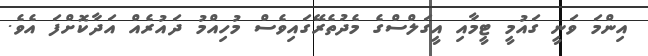
އިންމަ ވަނީ ގައުމީ ޓީމާއި އީގަލްސްގެ މެދުތެރޭގައިވެސް މުހިއްމު ދައުރެއް އަދާކޮށްފަ އެވެ.